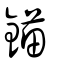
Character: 錨